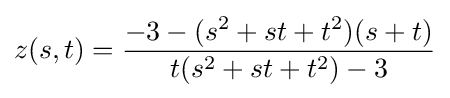
z(s,t)={-3-(s^{2}+st+t^{2})(s+t) \over t(s^{2}+st+t^{2})-3}